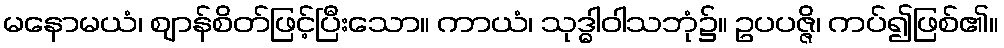
မနောမယံ၊ ဈာန်စိတ်ဖြင့်ပြီးသော။ ကာယံ၊ သုဒ္ဓါဝါသဘုံ၌။ ဥပပဇ္ဇိ၊ ကပ်၍ဖြစ်၏။